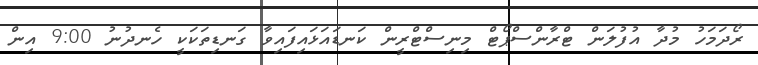
ރޯދަމަހު މުދާ އުފުލަން ޓްރާންސްޕޯޓް މިނިސްޓްރީން ކަނޑައަޅައިފައިވާ ގަނޑިތަކަކީ ހެނދުނު 9:00 އިން